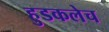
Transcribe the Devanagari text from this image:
हुडकलेच